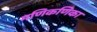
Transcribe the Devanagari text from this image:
मणिकणिका